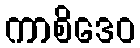
ကာစိဒေဝ